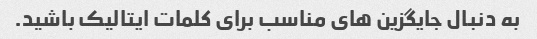
به دنبال جایگزین های مناسب برای کلمات ایتالیک باشید.